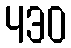
430